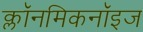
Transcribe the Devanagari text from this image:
क्लॉनमिकनॉइज